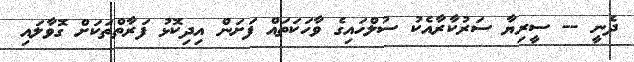
ދެނީ -- ސީރިޔާ ސަރުކާރާއެކު ސުލްހައިގެ ވާހަކަތައް ފަށަން އިދިކޮޅު ފަރާތްތަކަށް ގޮވާލައި